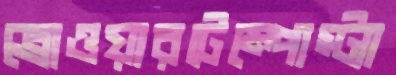
ব্রোওয়ারটেম্পোস্ট্যা